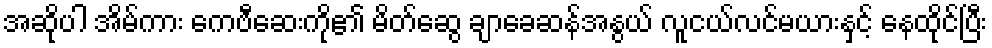
အဆိုပါ အိမ်ကား ကေဗီဆေးကို၏ မိတ်ဆွေ ချာခေဆန်အနွယ် လူငယ်လင်မယားနှင့် နေထိုင်ပြီး